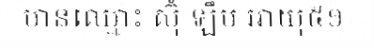
មានឈ្មោះ ស៊ុំ ឡឹម អាយុ៥១